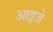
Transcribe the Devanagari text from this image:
आइजे